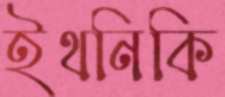
ইথনিকি